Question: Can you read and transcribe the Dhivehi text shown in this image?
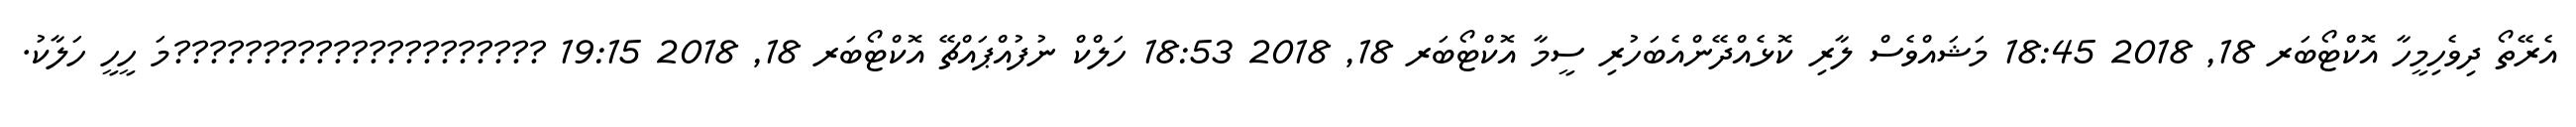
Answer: އެރޭތޯ ދިވެހިމީހާ އޮކްޓޯބަރ 18, 2018 18:45 މަޝައްވެސް ލާރި ކޮޅެއްދޭންއެބަހުރި ސީމާ އޮކްޓޯބަރ 18, 2018 18:53 ހަލްކް ނުފުއްޕައްޗޭ އޮކްޓޯބަރ 18, 2018 19:15 ?????????????????????މަ ހީހީ ހަލާކު.